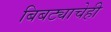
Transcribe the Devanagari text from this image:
बिबट्याचेही